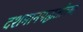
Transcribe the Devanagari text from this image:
दशमानपद्धतीच्या